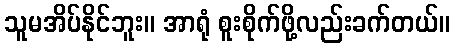
သူမအိပ်နိုင်ဘူး။ အာရုံ စူးစိုက်ဖို့လည်းခက်တယ်။